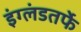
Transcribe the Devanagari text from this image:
इंग्लंडतर्फे